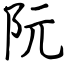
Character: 阮